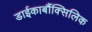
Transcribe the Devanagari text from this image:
डाईकार्बौक्सिलिक